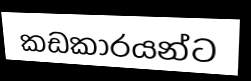
කඩකාරයන්ට